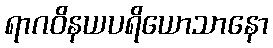
ရာဂဝိနယပရိယောသာနော